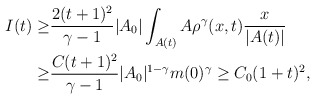
\begin{align*}I(t)\geq& \frac{2(t+1)^2}{\gamma-1} |A_{0}|\int_{A(t)} A\rho^\gamma(x,t)\frac{x}{|A(t)|} \\\geq & \frac{C(t+1)^2}{\gamma-1} |A_{0}|^{1-\gamma} m(0)^\gamma\geq C_0 (1+t)^2 ,\end{align*}